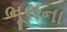
ભૂલના